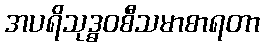
အပရိသုဒ္ဓဝစီသမာစာရတာ